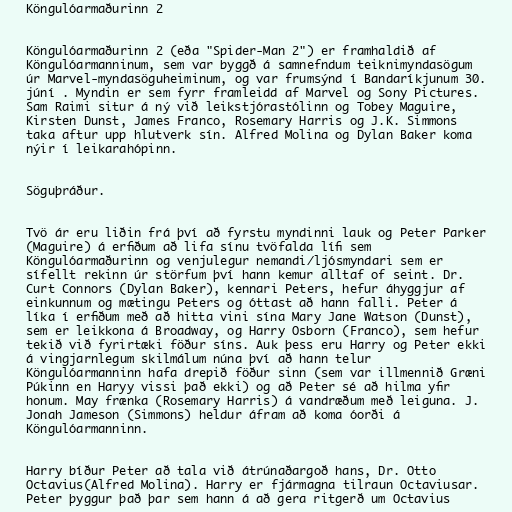
Köngulóarmaðurinn 2

Köngulóarmaðurinn 2 (eða "Spider-Man 2") er framhaldið af
Köngulóarmanninum, sem var byggð á samnefndum teiknimyndasögum
úr Marvel-myndasöguheiminum, og var frumsýnd í Bandaríkjunum 30.
júní . Myndin er sem fyrr framleidd af Marvel og Sony Pictures.
Sam Raimi situr á ný við leikstjórastólinn og Tobey Maguire,
Kirsten Dunst, James Franco, Rosemary Harris og J.K. Simmons
taka aftur upp hlutverk sín. Alfred Molina og Dylan Baker koma
nýir í leikarahópinn.

Söguþráður.

Tvö ár eru liðin frá því að fyrstu myndinni lauk og Peter Parker
(Maguire) á erfiðum að lifa sínu tvöfalda lífi sem
Köngulóarmaðurinn og venjulegur nemandi/ljósmyndari sem er
sífellt rekinn úr störfum því hann kemur alltaf of seint. Dr.
Curt Connors (Dylan Baker), kennari Peters, hefur áhyggjur af
einkunnum og mætingu Peters og óttast að hann falli. Peter á
líka í erfiðum með að hitta vini sína Mary Jane Watson (Dunst),
sem er leikkona á Broadway, og Harry Osborn (Franco), sem hefur
tekið við fyrirtæki föður síns. Auk þess eru Harry og Peter ekki
á vingjarnlegum skilmálum núna því að hann telur
Köngulóarmanninn hafa drepið föður sinn (sem var illmennið Græni
Púkinn en Haryy vissi það ekki) og að Peter sé að hilma yfir
honum. May frænka (Rosemary Harris) á vandræðum með leiguna. J.
Jonah Jameson (Simmons) heldur áfram að koma óorði á
Köngulóarmanninn.

Harry bíður Peter að tala við átrúnaðargoð hans, Dr. Otto
Octavius(Alfred Molina). Harry er fjármagna tilraun Octaviusar.
Peter þyggur það þar sem hann á að gera ritgerð um Octavius